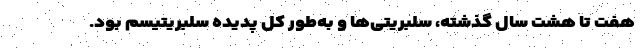
هفت تا هشت سال گذشته، سلبریتی‌ها و به‌طور کل پدیده سلبریتیسم بود.